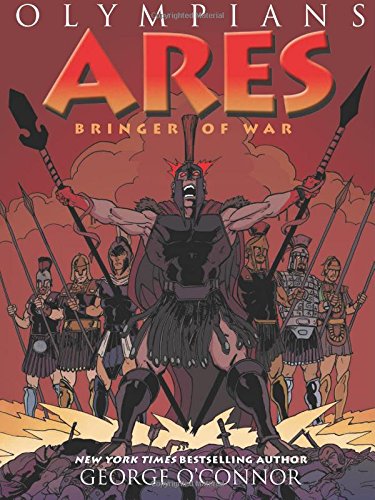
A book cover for Ares: Bringer of War (Olympians); George O'Connor; Children's Books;